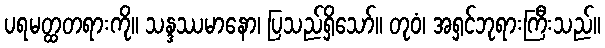
ပရမတ္ထတရားကို။ သန္ဒဿမာနော၊ ပြသည်ရှိသော်။ တုဝံ၊ အရှင်ဘုရားကြီးသည်။